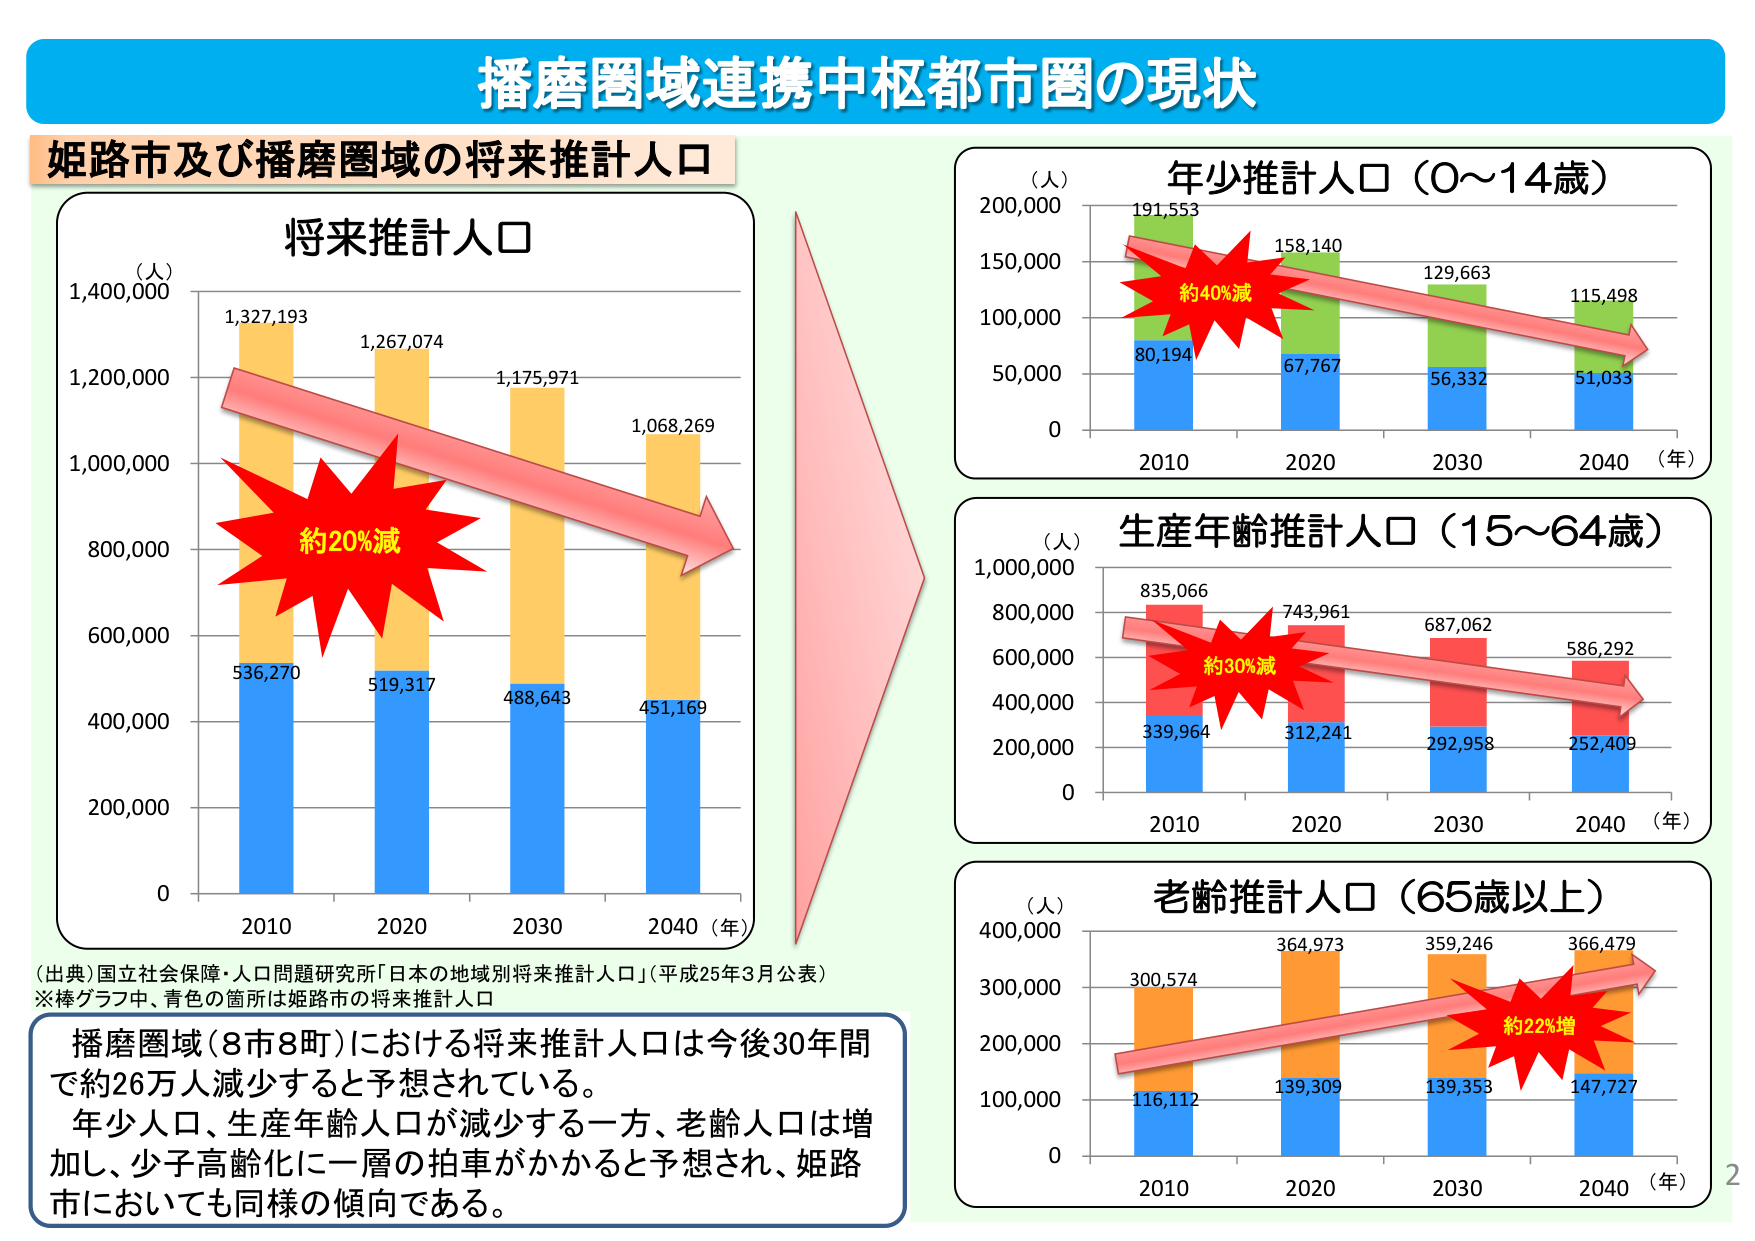
播磨圏域連携中枢都市圏の現状

姫路市及び播磨圏域の将来推計人口

将来推計人口
（人）
1,400,000
1,327,193
1,267,074
1,175,971
1,068,269
1,200,000
1,000,000
800,000
600,000
400,000
200,000
0
536,270
519,317
488,643
451,169
2010 2020 2030 2040（年）
約20%減

（出典）国立社会保障・人口問題研究所「日本の地域別将来推計人口」（平成25年3月公表）
※棒グラフ中、青色の箇所は姫路市の将来推計人口

播磨圏域（8市8町）における将来推計人口は今後30年間で約26万人減少すると予想されている。
年少人口、生産年齢人口が減少する一方、老齢人口は増加し、少子高齢化に一層の拍車がかかると予想され、姫路市においても同様の傾向である。

年少推計人口（0～14歳）
（人）
200,000
150,000
100,000
50,000
0
191,553
158,140
129,663
115,498
80,194
67,767
56,332
51,033
2010 2020 2030 2040（年）
約40%減

生産年齢推計人口（15～64歳）
（人）
1,000,000
800,000
600,000
400,000
200,000
0
835,066
743,961
687,062
586,292
339,964
312,241
292,958
252,409
2010 2020 2030 2040（年）
約30%減

老齢推計人口（65歳以上）
（人）
400,000
300,000
200,000
100,000
0
300,574
364,973
359,246
366,479
116,112
139,309
139,353
147,727
2010 2020 2030 2040（年）
約22%増

2